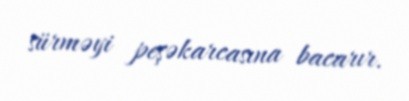
sürməyi peşəkarcasına bacarır.